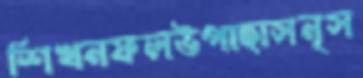
শিখনফলউপাহাসনৃস